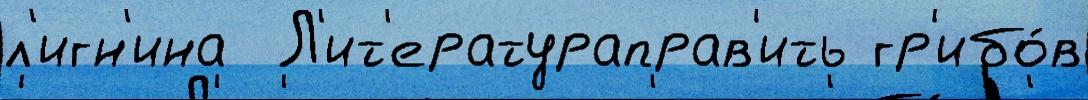
л'игн'ина  Л'ит'ератураправ'ить гр'ибо́в